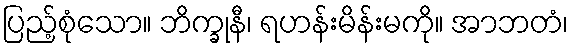
ပြည့်စုံသော။ ဘိက္ခုနီ၊ ရဟန်းမိန်းမကို။ အာဘတံ၊